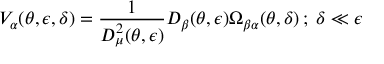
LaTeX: V _ { \alpha } ( \theta , \epsilon , \delta ) = \frac { 1 } { D _ { \mu } ^ { 2 } ( \theta , \epsilon ) } D _ { \beta } ( \theta , \epsilon ) \Omega _ { \beta \alpha } ( \theta , \delta ) \, ; \; \delta \ll \epsilon